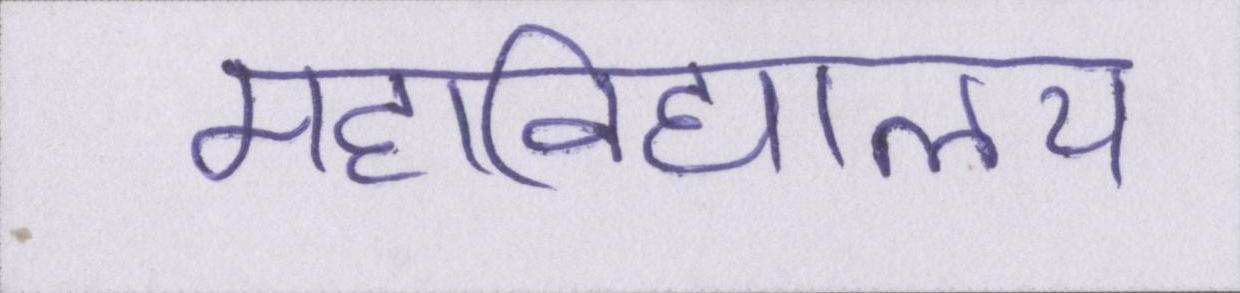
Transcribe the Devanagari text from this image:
महाविद्यालय़